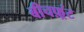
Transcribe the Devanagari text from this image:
बीचफ़्रंट